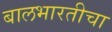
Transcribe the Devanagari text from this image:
बालभारतीचा